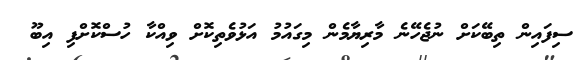
ސިފައިން ތިބޭކަށް ނުޖެހޭނެ މާރިޔާމެން މިގައުމު އަޅުވެތިކޮށް ވިއްކާ ހުސްކޮށްފި އިބޫ